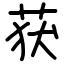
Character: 获